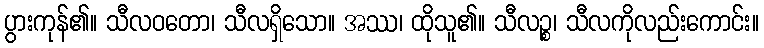
ပွားကုန်၏။ သီလဝတော၊ သီလရှိသော။ အဿ၊ ထိုသူ၏။ သီလဉ္စ၊ သီလကိုလည်းကောင်း။